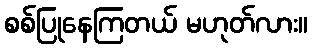
စစ်ပြုနေကြတယ် မဟုတ်လား။